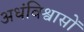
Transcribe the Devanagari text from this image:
अधंविश्वासों